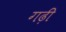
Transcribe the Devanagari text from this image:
गढ़ीं